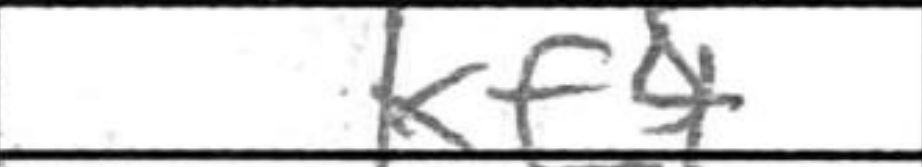
Transcription: Kf4